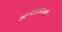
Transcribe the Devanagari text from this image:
अप्पलास्वामी